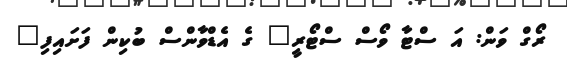
ރޯގް ވަން: އަ ސްޓާ ވޯސް ސްޓޯރީ" ގެ އެޑްވާންސް ބުކިން ފަށައިފި"